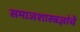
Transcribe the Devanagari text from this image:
समाजशास्त्रज्ञांचे